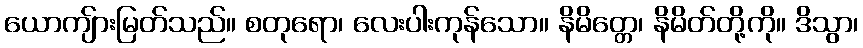
ယောကျ်ားမြတ်သည်။ စတုရော၊ လေးပါးကုန်သော။ နိမိတ္တေ၊ နိမိတ်တို့ကို။ ဒိသွာ၊